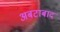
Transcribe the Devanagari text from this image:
अबटाबाद